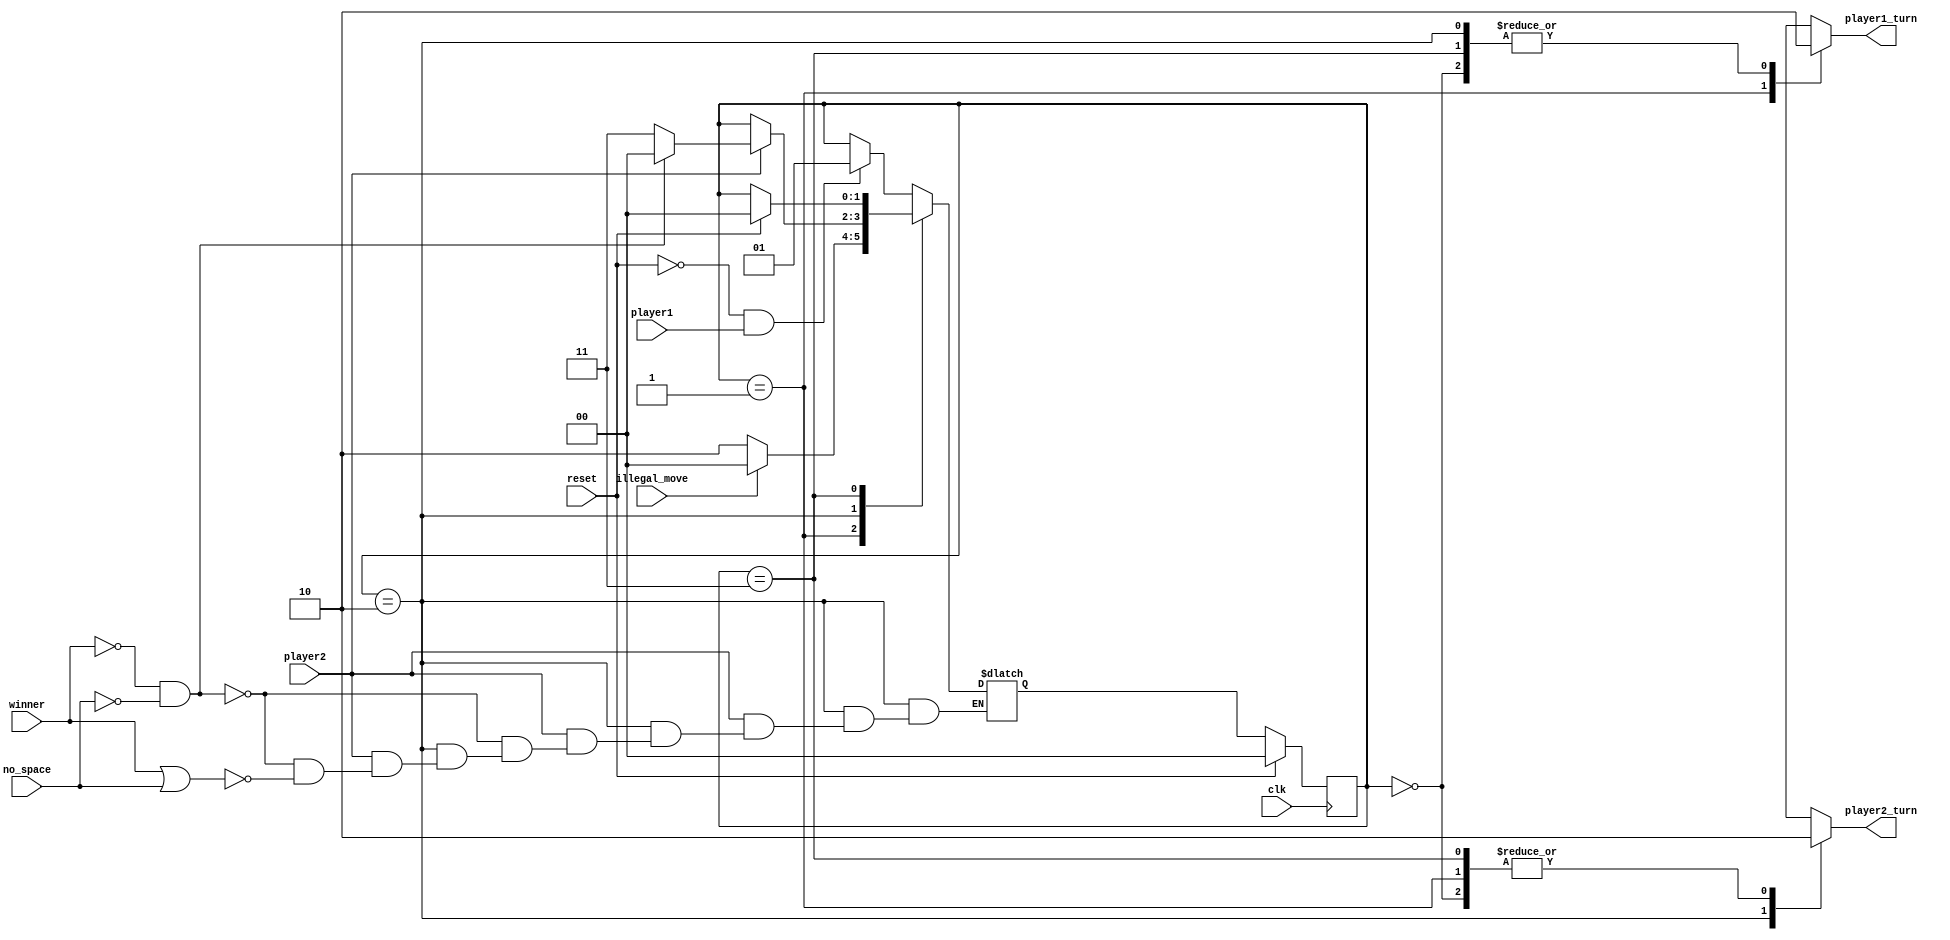
module FSM_CONTROLLER(
    input reset,    
    input clk,
    input player1,
    input player2,
    input illegal_move,
    input no_space,   
    input winner,
    output reg player1_turn,
    output reg player2_turn
    );  

    reg [1:0] curr_state;
    reg [1:0] next_state;
    
    always @ (posedge clk)//cuando resetee
    begin
        if(reset)
            curr_state <=2'b00;
        else
            curr_state<=next_state;
    end
    
    always @(*)//Logica de los estados
    begin
        case (curr_state)
            2'b00: 
            begin
                if((reset == 0) && player1 == 1)
                    next_state = 2'b01;
                else
                    next_state = curr_state;
                    player1_turn = 2'b00;
                    player2_turn = 2'b00;
            end
            2'b01: 
            begin
                player1_turn = 1'b1;
                player2_turn = 1'b0;
                if(illegal_move)
                    next_state = 2'b00;
                else 
                    next_state = 2'b10;
            end
            2'b10:
            begin
                player1_turn = 1'b0;
                player2_turn = 1'b1;
                if(player2 == 0)
                begin
                    next_state = curr_state;
                    // player2_turn = 1'b;
                end
                else if((winner == 0) && no_space == 0)
                begin
                    next_state = 2'b00;
                    // player2_turn = 1;
                end
                else if((winner == 1) || (no_space ==1))
                begin
                    next_state = 2'b11;
                    // player2_turn = 1;
                end
            end
            2'b11:
            begin
                player1_turn = 0;
                player2_turn = 0;
                if(reset)
                    next_state = 2'b00;
                else
                    next_state = curr_state;
            end
            default: next_state = curr_state;
        endcase    
    end
endmodule